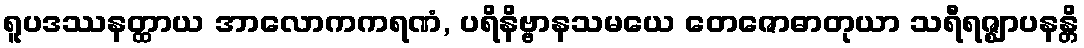
ရူပဒဿနတ္ထာယ အာလောကကရဏံ, ပရိနိဗ္ဗာနသမယေ တေဇောဓာတုယာ သရီရဇ္ဈာပနန္တိ